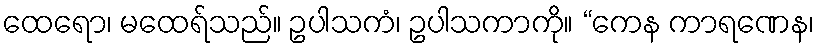
ထေရော၊ မထေရ်သည်။ ဥပါသကံ၊ ဥပါသကာကို။ “ကေန ကာရဏေန၊